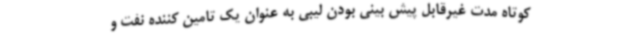
کوتاه مدت غیرقابل پیش بینی بودن لیبی به عنوان یک تامین کننده نفت و